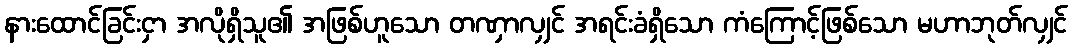
နားထောင်ခြင်းငှာ အလိုရှိသူ၏ အဖြစ်ဟူသော တဏှာလျှင် အရင်းခံရှိသော ကံကြောင့်ဖြစ်သော မဟာဘုတ်လျှင်